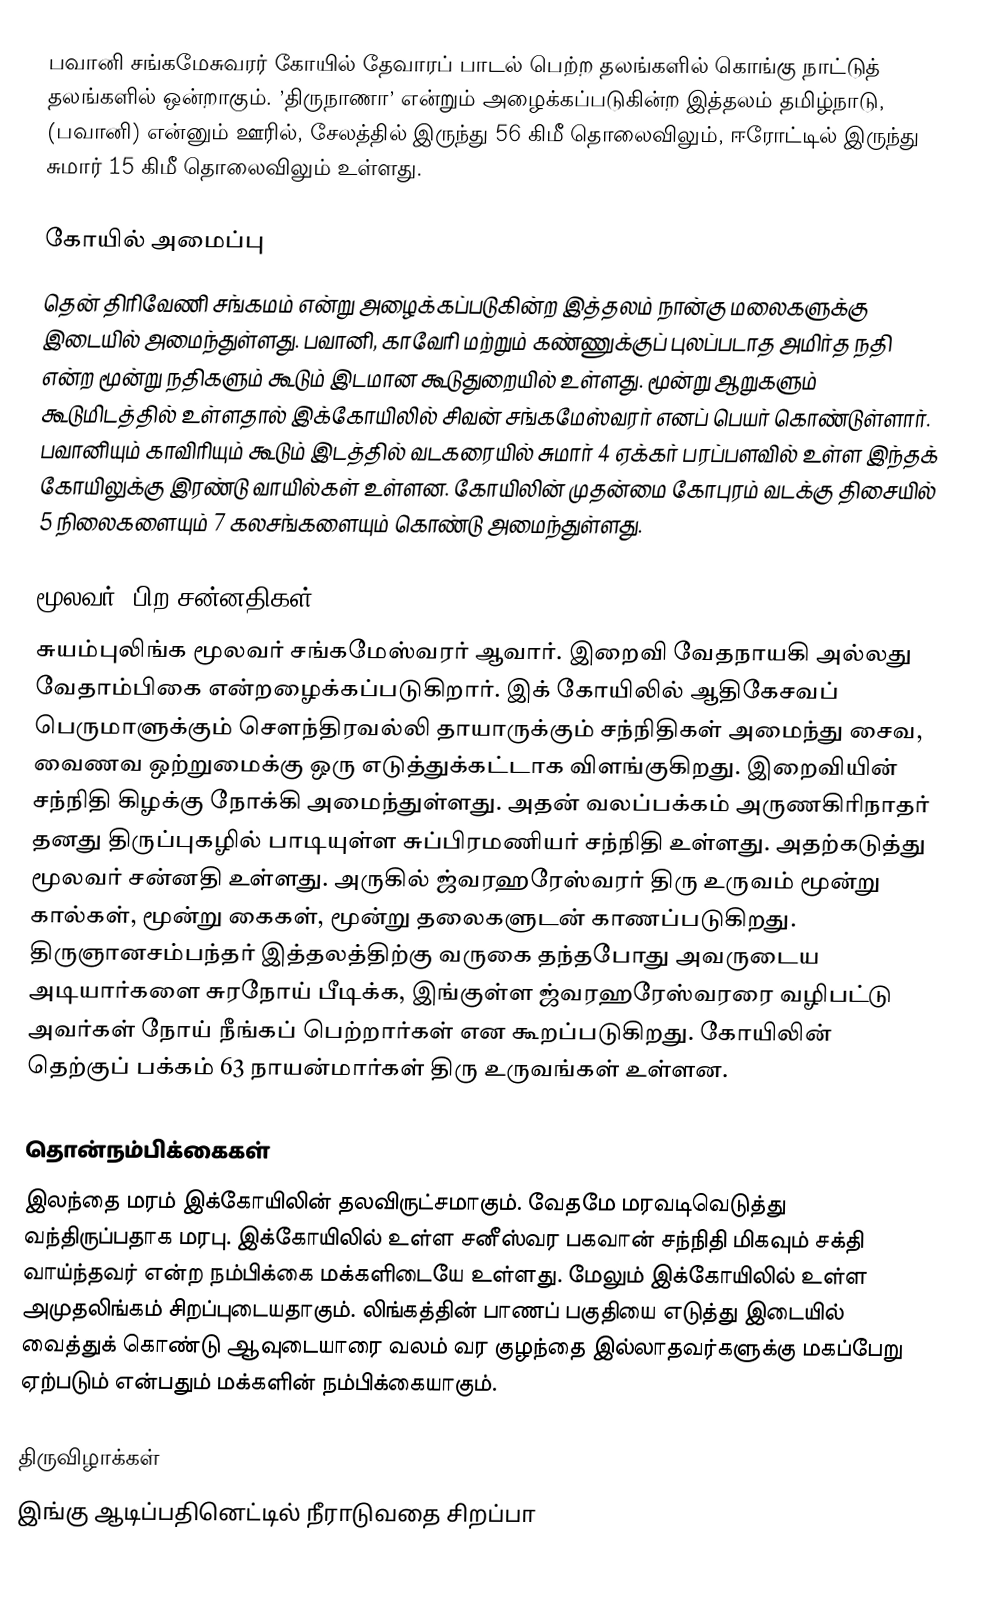
பவானி சங்கமேசுவரர் கோயில் தேவாரப் பாடல் பெற்ற தலங்களில் கொங்கு நாட்டுத் தலங்களில் ஒன்றாகும். ’திருநாணா’ என்றும் அழைக்கப்படுகின்ற இத்தலம் தமிழ்நாடு, (பவானி) என்னும் ஊரில், சேலத்தில் இருந்து 56 கிமீ தொலைவிலும், ஈரோட்டில் இருந்து சுமார் 15 கிமீ தொலைவிலும் உள்ளது.

கோயில் அமைப்பு
தென் திரிவேணி சங்கமம் என்று அழைக்கப்படுகின்ற இத்தலம் நான்கு மலைகளுக்கு இடையில் அமைந்துள்ளது. பவானி, காவேரி மற்றும் கண்ணுக்குப் புலப்படாத அமிர்த நதி என்ற மூன்று நதிகளும் கூடும் இடமான  கூடுதுறையில் உள்ளது. மூன்று ஆறுகளும் கூடுமிடத்தில் உள்ளதால் இக்கோயிலில் சிவன் சங்கமேஸ்வரர் எனப் பெயர் கொண்டுள்ளார். பவானியும் காவிரியும் கூடும் இடத்தில் வடகரையில் சுமார் 4 ஏக்கர் பரப்பளவில் உள்ள இந்தக் கோயிலுக்கு இரண்டு வாயில்கள் உள்ளன. கோயிலின் முதன்மை கோபுரம் வடக்கு திசையில் 5 நிலைகளையும் 7 கலசங்களையும் கொண்டு அமைந்துள்ளது.

மூலவர், பிற சன்னதிகள்
சுயம்புலிங்க மூலவர் சங்கமேஸ்வரர் ஆவார். இறைவி வேதநாயகி அல்லது வேதாம்பிகை என்றழைக்கப்படுகிறார். இக் கோயிலில் ஆதிகேசவப் பெருமாளுக்கும் சௌந்திரவல்லி தாயாருக்கும் சந்நிதிகள் அமைந்து சைவ, வைணவ ஒற்றுமைக்கு ஒரு எடுத்துக்கட்டாக விளங்குகிறது. இறைவியின் சந்நிதி கிழக்கு நோக்கி அமைந்துள்ளது. அதன் வலப்பக்கம் அருணகிரிநாதர் தனது திருப்புகழில் பாடியுள்ள சுப்பிரமணியர் சந்நிதி உள்ளது. அதற்கடுத்து மூலவர் சன்னதி உள்ளது. அருகில் ஜ்வரஹரேஸ்வரர் திரு உருவம் மூன்று கால்கள், மூன்று கைகள், மூன்று தலைகளுடன் காணப்படுகிறது. திருஞானசம்பந்தர் இத்தலத்திற்கு வருகை தந்தபோது அவருடைய அடியார்களை சுரநோய் பீடிக்க, இங்குள்ள ஜ்வரஹரேஸ்வரரை வழிபட்டு அவர்கள் நோய் நீங்கப் பெற்றார்கள் என கூறப்படுகிறது. கோயிலின் தெற்குப் பக்கம் 63 நாயன்மார்கள் திரு உருவங்கள் உள்ளன.

தொன்நம்பிக்கைகள்
இலந்தை மரம் இக்கோயிலின் தலவிருட்சமாகும். வேதமே மரவடிவெடுத்து வந்திருப்பதாக மரபு. இக்கோயிலில் உள்ள சனீஸ்வர பகவான் சந்நிதி மிகவும் சக்தி வாய்ந்தவர் என்ற நம்பிக்கை மக்களிடையே உள்ளது. மேலும் இக்கோயிலில் உள்ள அமுதலிங்கம் சிறப்புடையதாகும். லிங்கத்தின் பாணப் பகுதியை எடுத்து இடையில் வைத்துக் கொண்டு ஆவுடையாரை வலம் வர குழந்தை இல்லாதவர்களுக்கு மகப்பேறு ஏற்படும் என்பதும் மக்களின் நம்பிக்கையாகும்.

திருவிழாக்கள்
இங்கு ஆடிப்பதினெட்டில் நீராடுவதை சிறப்பா